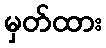
မှတ်ထား